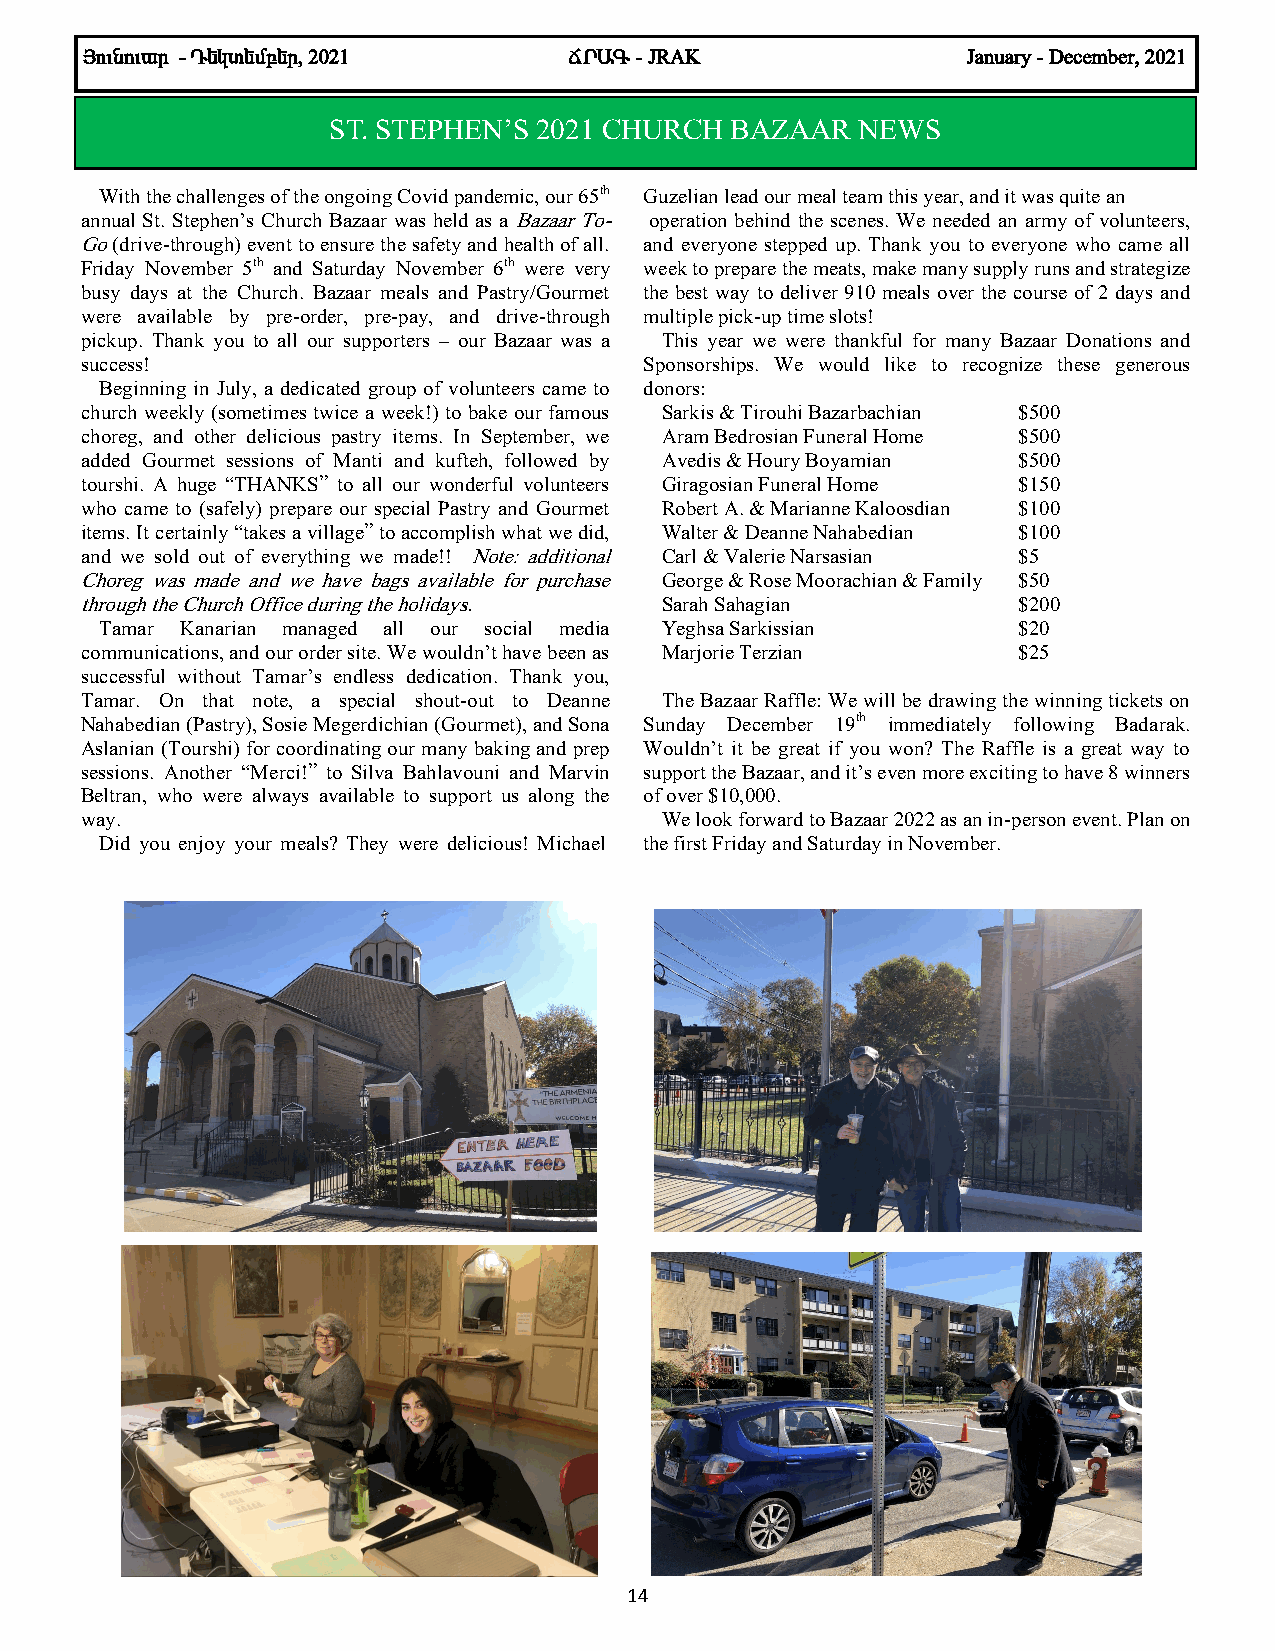
ÚáõÝáõ³ñ - ¸»Ïï»Ùµ»ñ, 2021      Öð²¶ - JRAK               January - December, 2021
 ST. STEPHEN’S 2021 CHURCH BAZAAR   NEWS
 With the challenges of the ongoing Covid pandemic, our 65th Guzelian lead our meal team this year, and it was quite an
 annual St. Stephen’s Church Bazaar was held as a Bazaar To- operation behind the scenes. We needed an army of volunteers,
 Go (drive-through) event to ensure the safety and health of all. and everyone stepped up. Thank you to everyone who came all
 Friday November 5th and Saturday November 6th were very week to prepare the meats, make many supply runs and strategize
 busy days at the Church. Bazaar meals and Pastry/Gourmet the best way to deliver 910 meals over the course of 2 days and
 were available by pre-order, pre-pay, and drive-through multiple pick-up time slots!
 pickup. Thank you to all our supporters – our Bazaar was a This year we were thankful for many Bazaar Donations and
 success!                              Sponsorships. We would like to recognize these generous
 Beginning in July, a dedicated group of volunteers came to donors:
 church weekly (sometimes twice a week!) to bake our famous Sarkis & Tirouhi Bazarbachian $500
 choreg, and other delicious pastry items. In September, we Aram Bedrosian Funeral Home $500
 added Gourmet sessions of Manti and kufteh, followed by Avedis & Houry Boyamian $500
 tourshi. A huge “THANKS” to all our wonderful volunteers Giragosian Funeral Home $150
 who came to (safely) prepare our special Pastry and Gourmet Robert A. & Marianne Kaloosdian $100
 items. It certainly “takes a village” to accomplish what we did, Walter & Deanne Nahabedian $100
 and we sold out of everything we made!! Note: additional Carl & Valerie Narsasian $5
 Choreg was made and we have bags available for purchase George & Rose Moorachian & Family $50
 through the Church Office during the holidays. Sarah Sahagian $200
 Tamar Kanarian managed all our social media Yeghsa Sarkissian $20
 communications, and our order site. We wouldn’t have been as Marjorie Terzian $25
 successful without Tamar’s endless dedication. Thank you,
 Tamar. On that note, a special shout-out to Deanne The Bazaar Raffle: We will be drawing the winning tickets on
 Nahabedian (Pastry), Sosie Megerdichian (Gourmet), and Sona Sunday December 19th immediately following Badarak.
 Aslanian (Tourshi) for coordinating our many baking and prep Wouldn’t it be great if you won? The Raffle is a great way to
 sessions. Another “Merci!” to Silva Bahlavouni and Marvin support the Bazaar, and it’s even more exciting to have 8 winners
 Beltran, who were always available to support us along the of over $10,000.
 way.                                   We look forward to Bazaar 2022 as an in-person event. Plan on
 Did you enjoy your meals? They were delicious! Michael the first Friday and Saturday in November.
 14